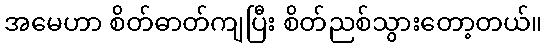
အမေဟာ စိတ်ဓာတ်ကျပြီး စိတ်ညစ်သွားတော့တယ်။